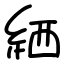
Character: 絤